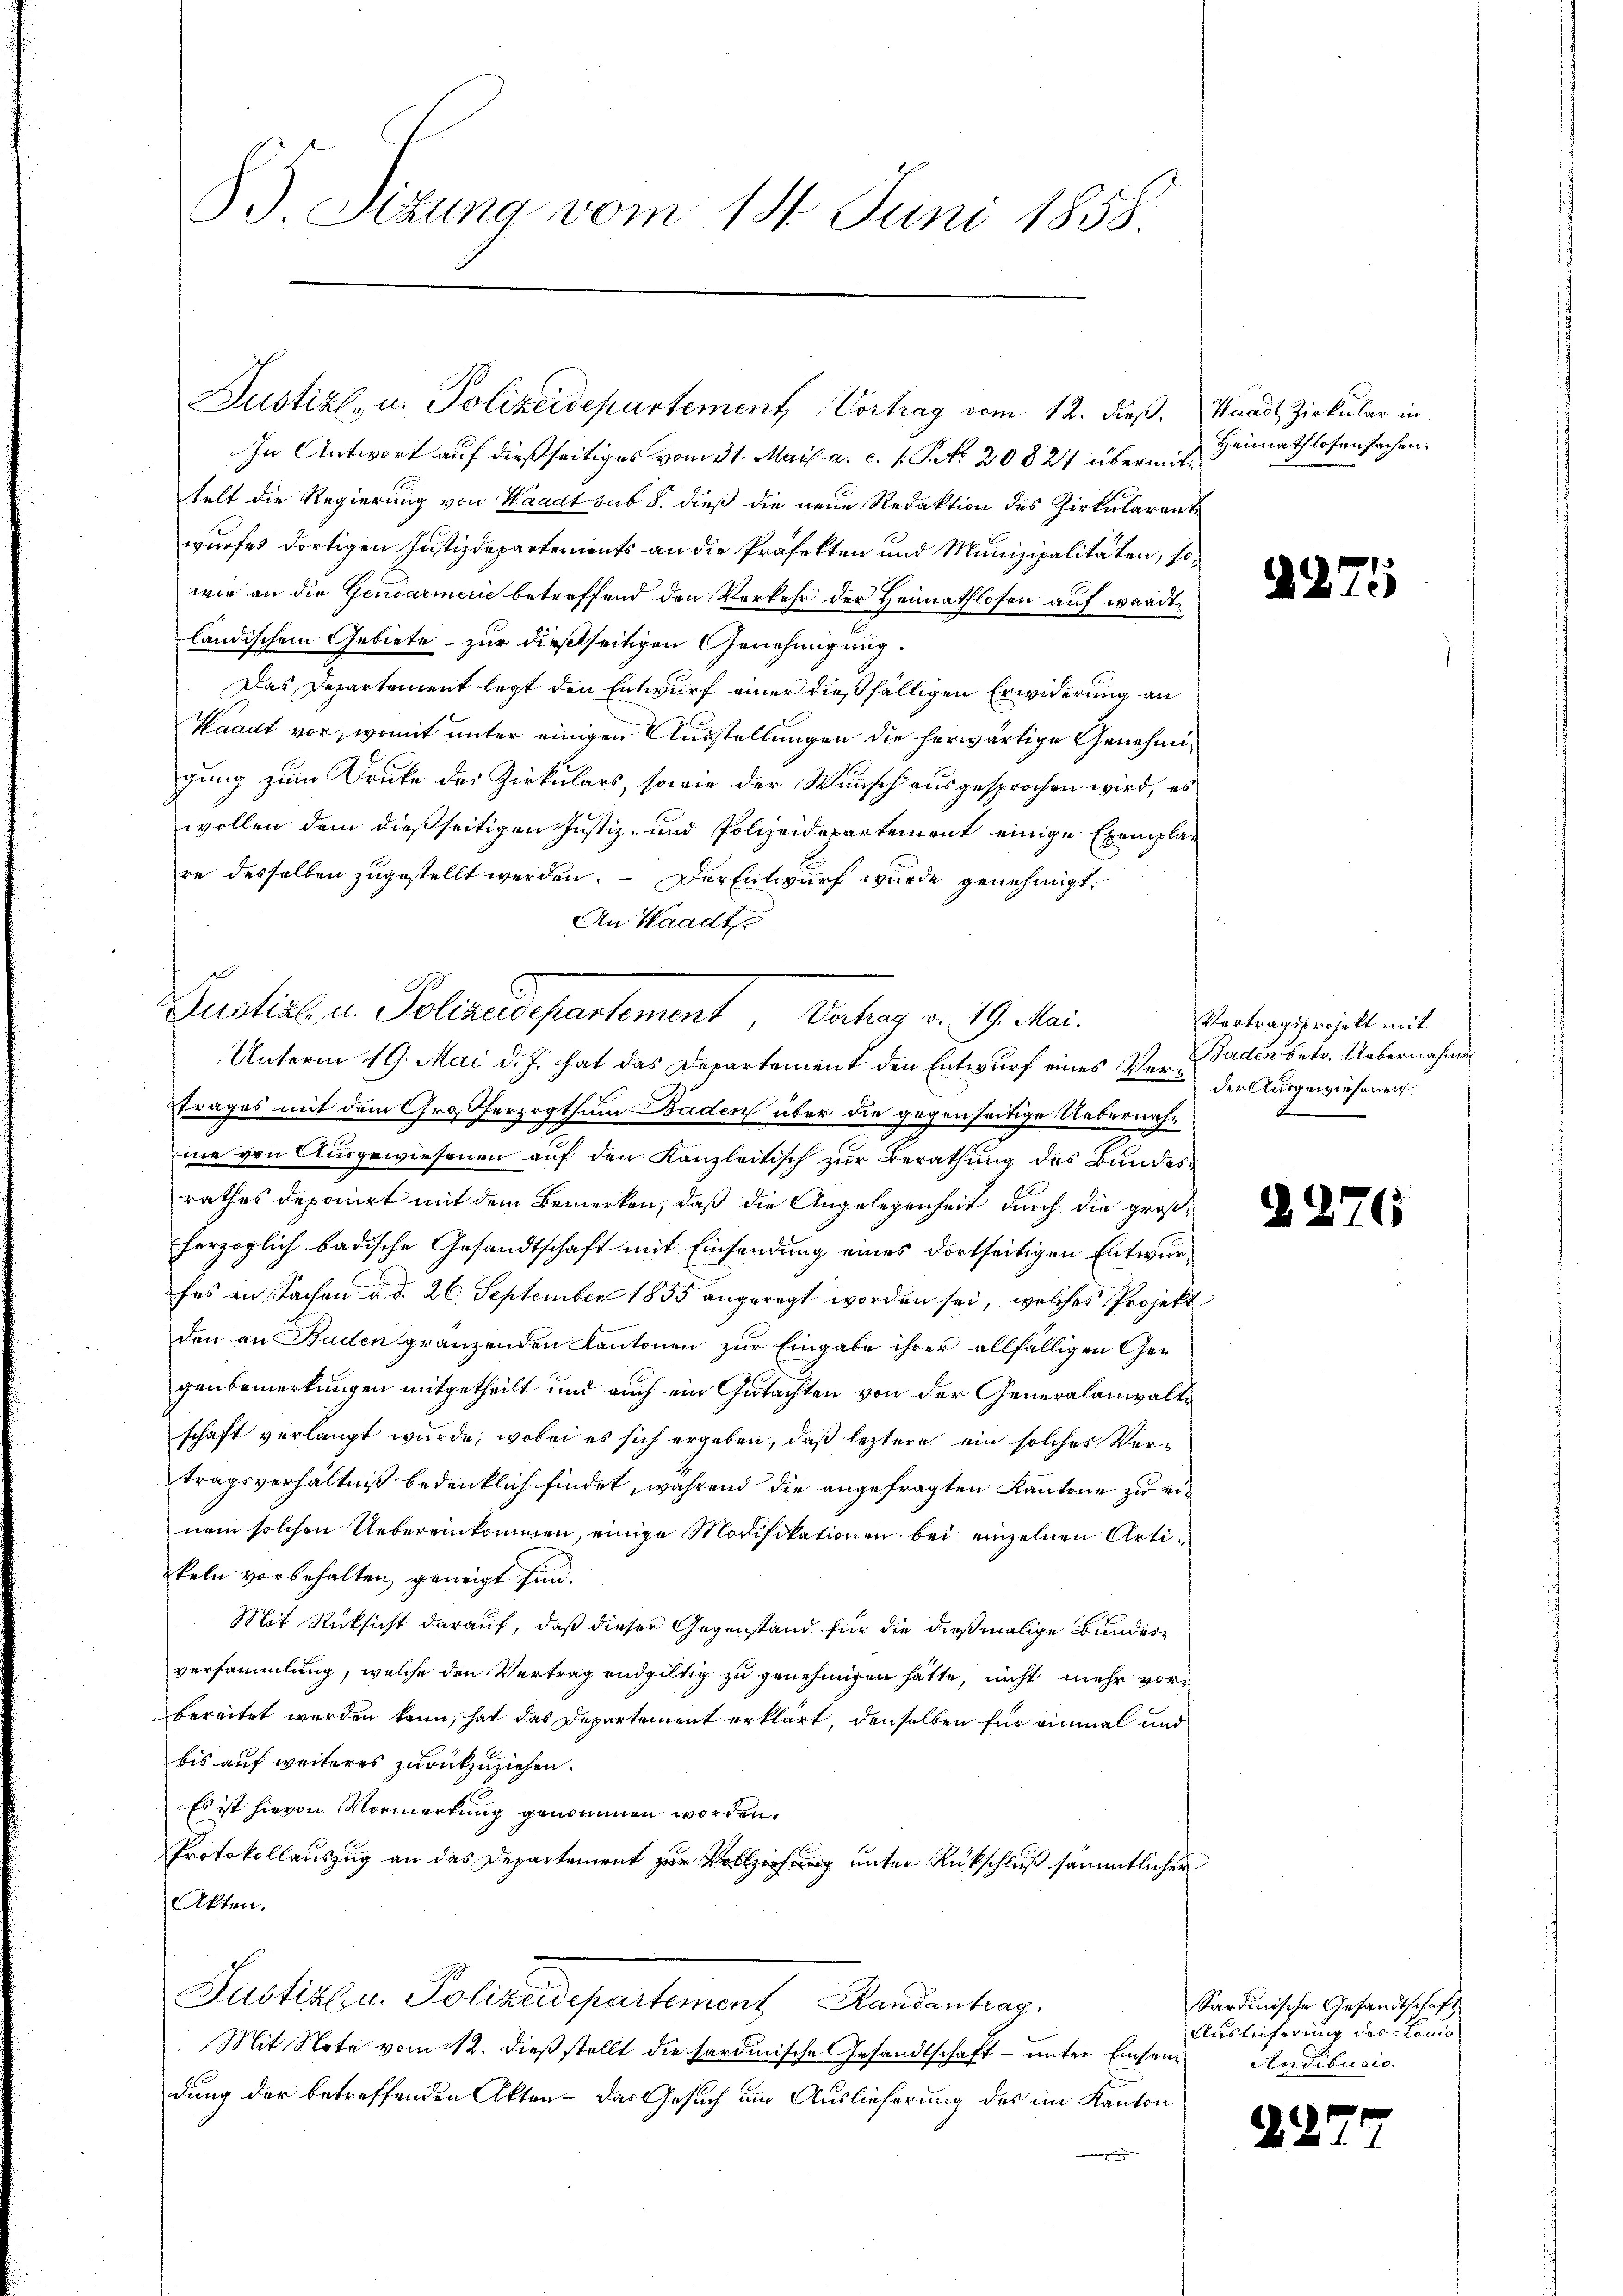
85 Sizung vom 14. Juni 1858

Justiz- u. Polizeidepartement Vortrag vom 12. dieß.

Dustick, u. Polizeidepartement Dachens v. 19. Mai.

In Antwort auf dießseitiges vom 31. Mais a. c. s. No. 20827 übermittelt die Regierung von Waadt sub 8. dieß die neue Redaktion des Zirkularente
wurfes dortigen Justizdepartements an die Präfekten und Munizipalitäten, sowie an die Gendarmerie betreffend den Verkehr der Heimathlosen auf wardt.
ländischem Gebiete - zur dießseitigen Genehmigung.
Das Departement legt den Entwurf einer dießfälligen Erwiderung an
Waadt vor, womit unter einigen Ausstellungen die herwärtige Genehmigung zum Drucke des Zirkulars, sowie der Wunsch ausgesprochen wird, es
wollen dem dießseitigen Justiz- und Polizeidepartement einige Exemplare desselben zugestellt werden. — Der Entwurf wurde genehmigt.
An Waadt
Unterm 19. Mai d. J. hat das Departement den Entwurf eines Ver- Baden betr. Uebernahmen
trages mit dem Großherzogthum Baden über die gegenseitige Uebernahme von Ausgewiesenen auf den Kanzleitisch zur Berathung des Bundesrathes deponirt mit dem Bemerken, daß die Angelegenheit durch die großherzoglich badische Gesandtschaft mit Einsendung eines dortseitigen Entwurfes in Sachen d. d. 26. September 1855 angeregt worden sei, welches Projekt
den an Baden gränzenden Kantonen zur Eingabe ihrer allfälligen Gegenbemerkungen mitgetheilt und auch ein Gutachten von der Generalanwaltschaft verlangt wurde, wobei es sich ergeben, daß leztere ein solches Vertragsverhältniß bedenklich findet, während die angefragten Kantone zu einem solchen Uebereinkommen, einige Modifikationen bei einzelnen Artikeln vorbehalten, geneigt sind.
Mit Rücksicht darauf, daß dieser Gegenstand für die dießmalige Bundesversammlung, welche den Vertrag endgültig zu genehmigen hätte, nicht mehr vorbereitet werden kann, hat das Departement erklärt, denselben für einmal und
bis auf weiteres zurückzuziehen.
Es ist hievon Vormerkung genommen worden.
Protokollauszug an das Departement zur Vollziehung unter Rückschluß sämmtlicher
AAkten.
Justilen Polizeidepartement Standentrag
Mit Note vom 112. dieß stellt die sardinische Gesandtschaft – unter Einsendung der betreffenden Akten - das Gesuch um Auslieferung des im Kanton

Vertragsprojekt mit
der Ausgewiesenen.

Sardinische Gesandtschaft
Auslieferung des Lani
Andibusic

Waadt Zirkular in
Heimathlosen sechen.

¬

d

8)

G

b

2

5

65